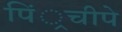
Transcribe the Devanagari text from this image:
पिं्रचीपे